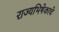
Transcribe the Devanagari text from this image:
राज्यभिषेकाचे